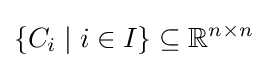
\{C_{i}\mid i\in I\}\subseteq \mathbb {R} ^{n\times n}